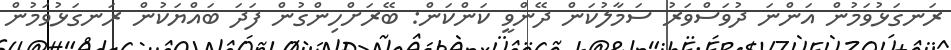
ރަނގަޅުވަމުން އަންނަ ދުވަސްވަރު ސަމާލުކަން ދޭންވީ ކަންކަން: ބޭރަށްހިންގުން ފަދަ ބައްޔަކުން ރަނގަޅުވަމުން